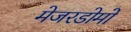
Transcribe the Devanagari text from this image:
मेजरडोमो